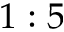
1 : 5